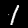
Label: 1